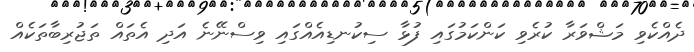
ދެއްކެވި މަޝްވަރާ ކުރެވި ކަންކަމުގައި ފުޅާ ސިކުނޑިއެއްގައި ވިސްނޭނެ އަދި އެތައް ތަޖުރިބާތަކެއް